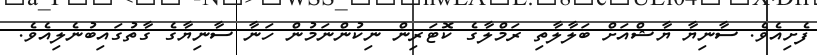
ފެށިއެވެ. ސާނިޔާ ޔާޝްއަށް ބަލާލާތި ރަމްލާގެ ކޮޓަރިން ނިކުންނަމުން ހަނާ ސާނިޔާގެ ގާތުގައިބުނެލިއެވެ.